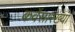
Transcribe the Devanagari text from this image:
कर्वेंसारख्या